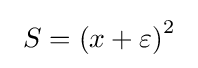
\ S=\left(x+\varepsilon \right)^{2}\